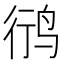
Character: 鸻